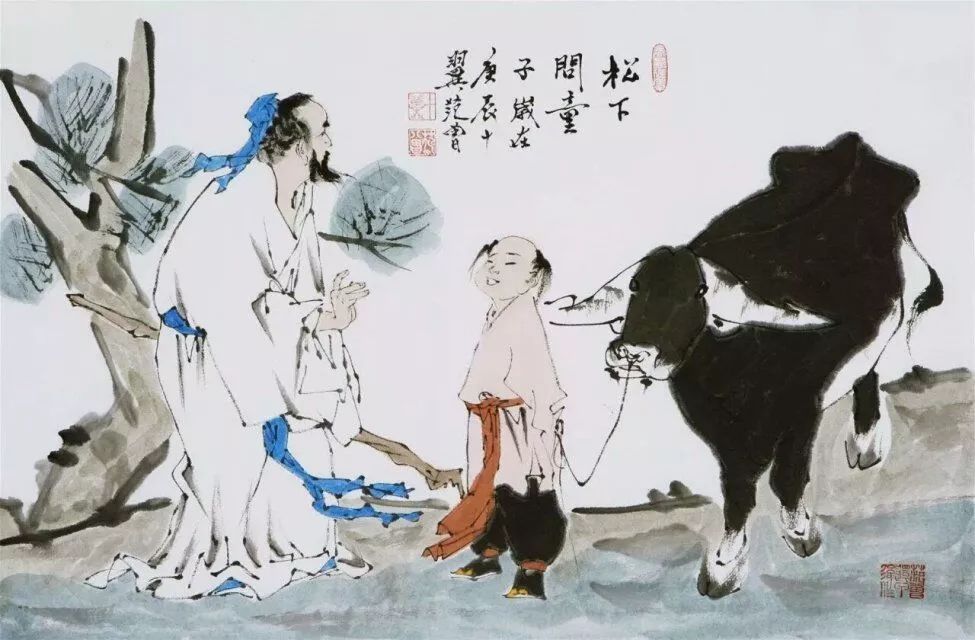
松下问童子，言师采药去。